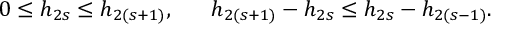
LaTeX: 0 \leq h _ { 2 s } \leq h _ { 2 ( s + 1 ) } , ~ ~ ~ ~ ~ h _ { 2 ( s + 1 ) } - h _ { 2 s } \leq h _ { 2 s } - h _ { 2 ( s - 1 ) } .